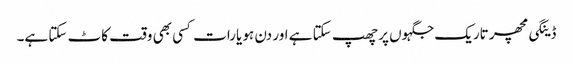
ڈینگی مچھر تاریک جگہوں پر چھپ سکتا ہے اور دن ہو یارات کسی بھی وقت کاٹ سکتا ہے۔